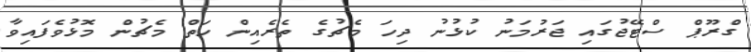
ގްރޫޕް ސްޓޭޖުގައި ޖަރުމަނު ކުޅުނު ދިހަ މެޗުގެ ތެރެއިން ހަތް މެޗުން މޮޅުވެފައިވާ